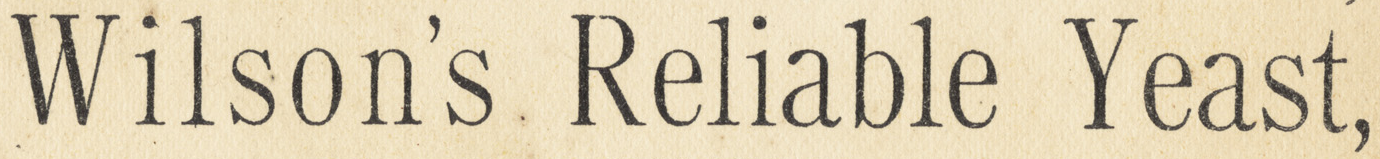
Wilson's Reliable Yeast,